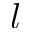
l